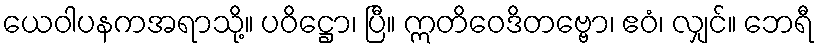
ယေဝါပနကအရာသို့။ ပဝိဋ္ဌော၊ ပြီ။ ဣတိဝေဒိတဗ္ဗော၊ ဧဝံ၊ လျှင်။ ဘေရီ